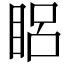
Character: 𥆻